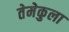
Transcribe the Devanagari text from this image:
तेमेकुला